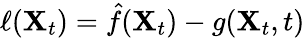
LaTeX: {\ell(\mathbf{X}_{t})=\hat{{f}}(\mathbf{X}_{t})-g(\mathbf{X}_{t},t)}